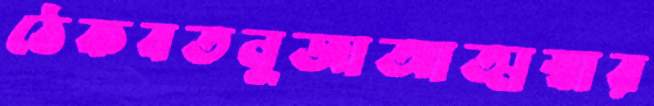
ঠেকবতনুজাআত্মস্বার